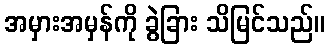
အမှားအမှန်ကို ခွဲခြား သိမြင်သည်။